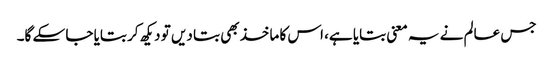
جس عالم نے یہ معنی بتایا ہے، اس کا ماخذ بھی بتا دیں تو دیکھ کر بتایا جا سکے گا۔